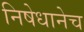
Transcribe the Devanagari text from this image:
निषेधानेच